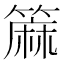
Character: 𫂟